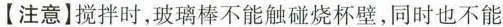
【注意]搅拌时，玻璃棒不能触烧杯壁，同时也不能